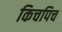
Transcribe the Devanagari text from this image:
किचपिच